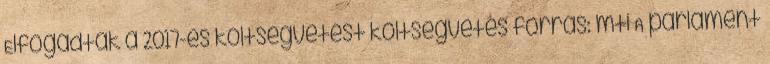
Elfogadták a 2017-es költségvetést költségvetés forrás: mti A parlament